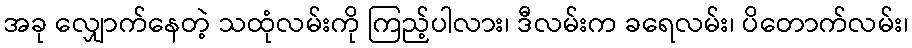
အခု လျှောက်နေတဲ့ သထုံလမ်းကို ကြည့်ပါလား၊ ဒီလမ်းက ခရေလမ်း၊ ပိတောက်လမ်း၊